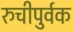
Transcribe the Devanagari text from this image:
रुचीपुर्वक